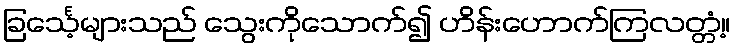
ခြင်္သေ့များသည် သွေးကိုသောက်၍ ဟိန်းဟောက်ကြလတ္တံ့။